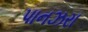
પાનઝરા